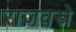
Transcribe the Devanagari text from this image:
राजवस्त्रे